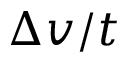
\Delta v / t